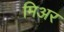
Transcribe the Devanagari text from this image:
मिअर